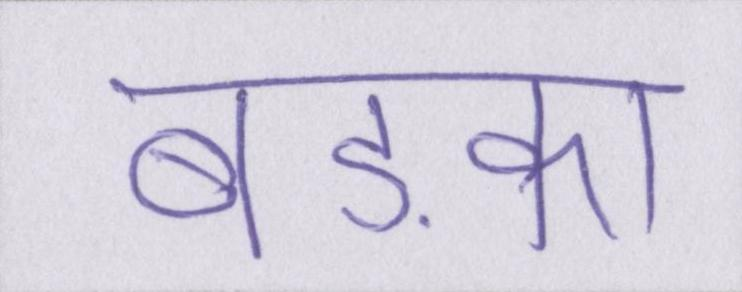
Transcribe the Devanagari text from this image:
बड़का